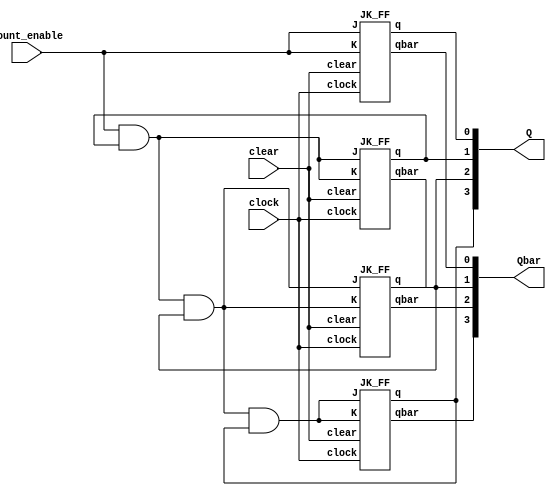
/*

Que-3: A synchronous counter can be designed by using master-slave JK flipflops. 
Design a 4-bit synchronous counter. Circuit diagrams for the synchronous counter and the JK
flipflop are given in Figures 6-5 and 6-6. The clear signal is active low. 
Data gets latched on positive edge of clock, and the output of the flipflop appears on the negative edge of clock. 
Counting is disabled when count_enable signal is low. 
Write dataflow description for the synchronous counter. Write A stimulus file that
exercises clear and count_enable. Display the outputcount Q[3:0].

The Diagrams For This Question is attached in file as Que_Diagram

*/

module Que_3(clear,clock,count_enable,Q,Qbar);

input clear,clock,count_enable;

output [3:0]Q,Qbar;

wire w1,w2,w3;

assign w1=(count_enable&Q[1]); // o/p of 1st and gate

assign w2=(w1&Q[2]); // o/p of 2nd and gate

assign w3=(w2&Q[3]); // o/p of 3rd and gate

JK_FF FF1(count_enable,count_enable,clear,clock,Q[0],Qbar[0]);

JK_FF FF2(w1,w1,clear,clock,Q[1],Qbar[1]);

JK_FF FF3(w2,w2,clear,clock,Q[2],Qbar[2]);

JK_FF FF4(w3,w3,clear,clock,Q[3],Qbar[3]);

endmodule



module JK_FF(J,K,clear,clock,q,qbar);

input J,K,clear,clock;

output q,qbar;

wire a,b,c,d,y,ybar,cbar;

assign cbar=~clock;

assign a=~(J&clear&clock&qbar);

assign b=~(K&clock&q);

assign y=~(a&ybar);

assign ybar=~(b&y&clear);

assign c=~(y&cbar);

assign d=~(ybar&cbar);

assign q=~(c&qbar);

assign qbar=~(q&d&clear);

endmodule